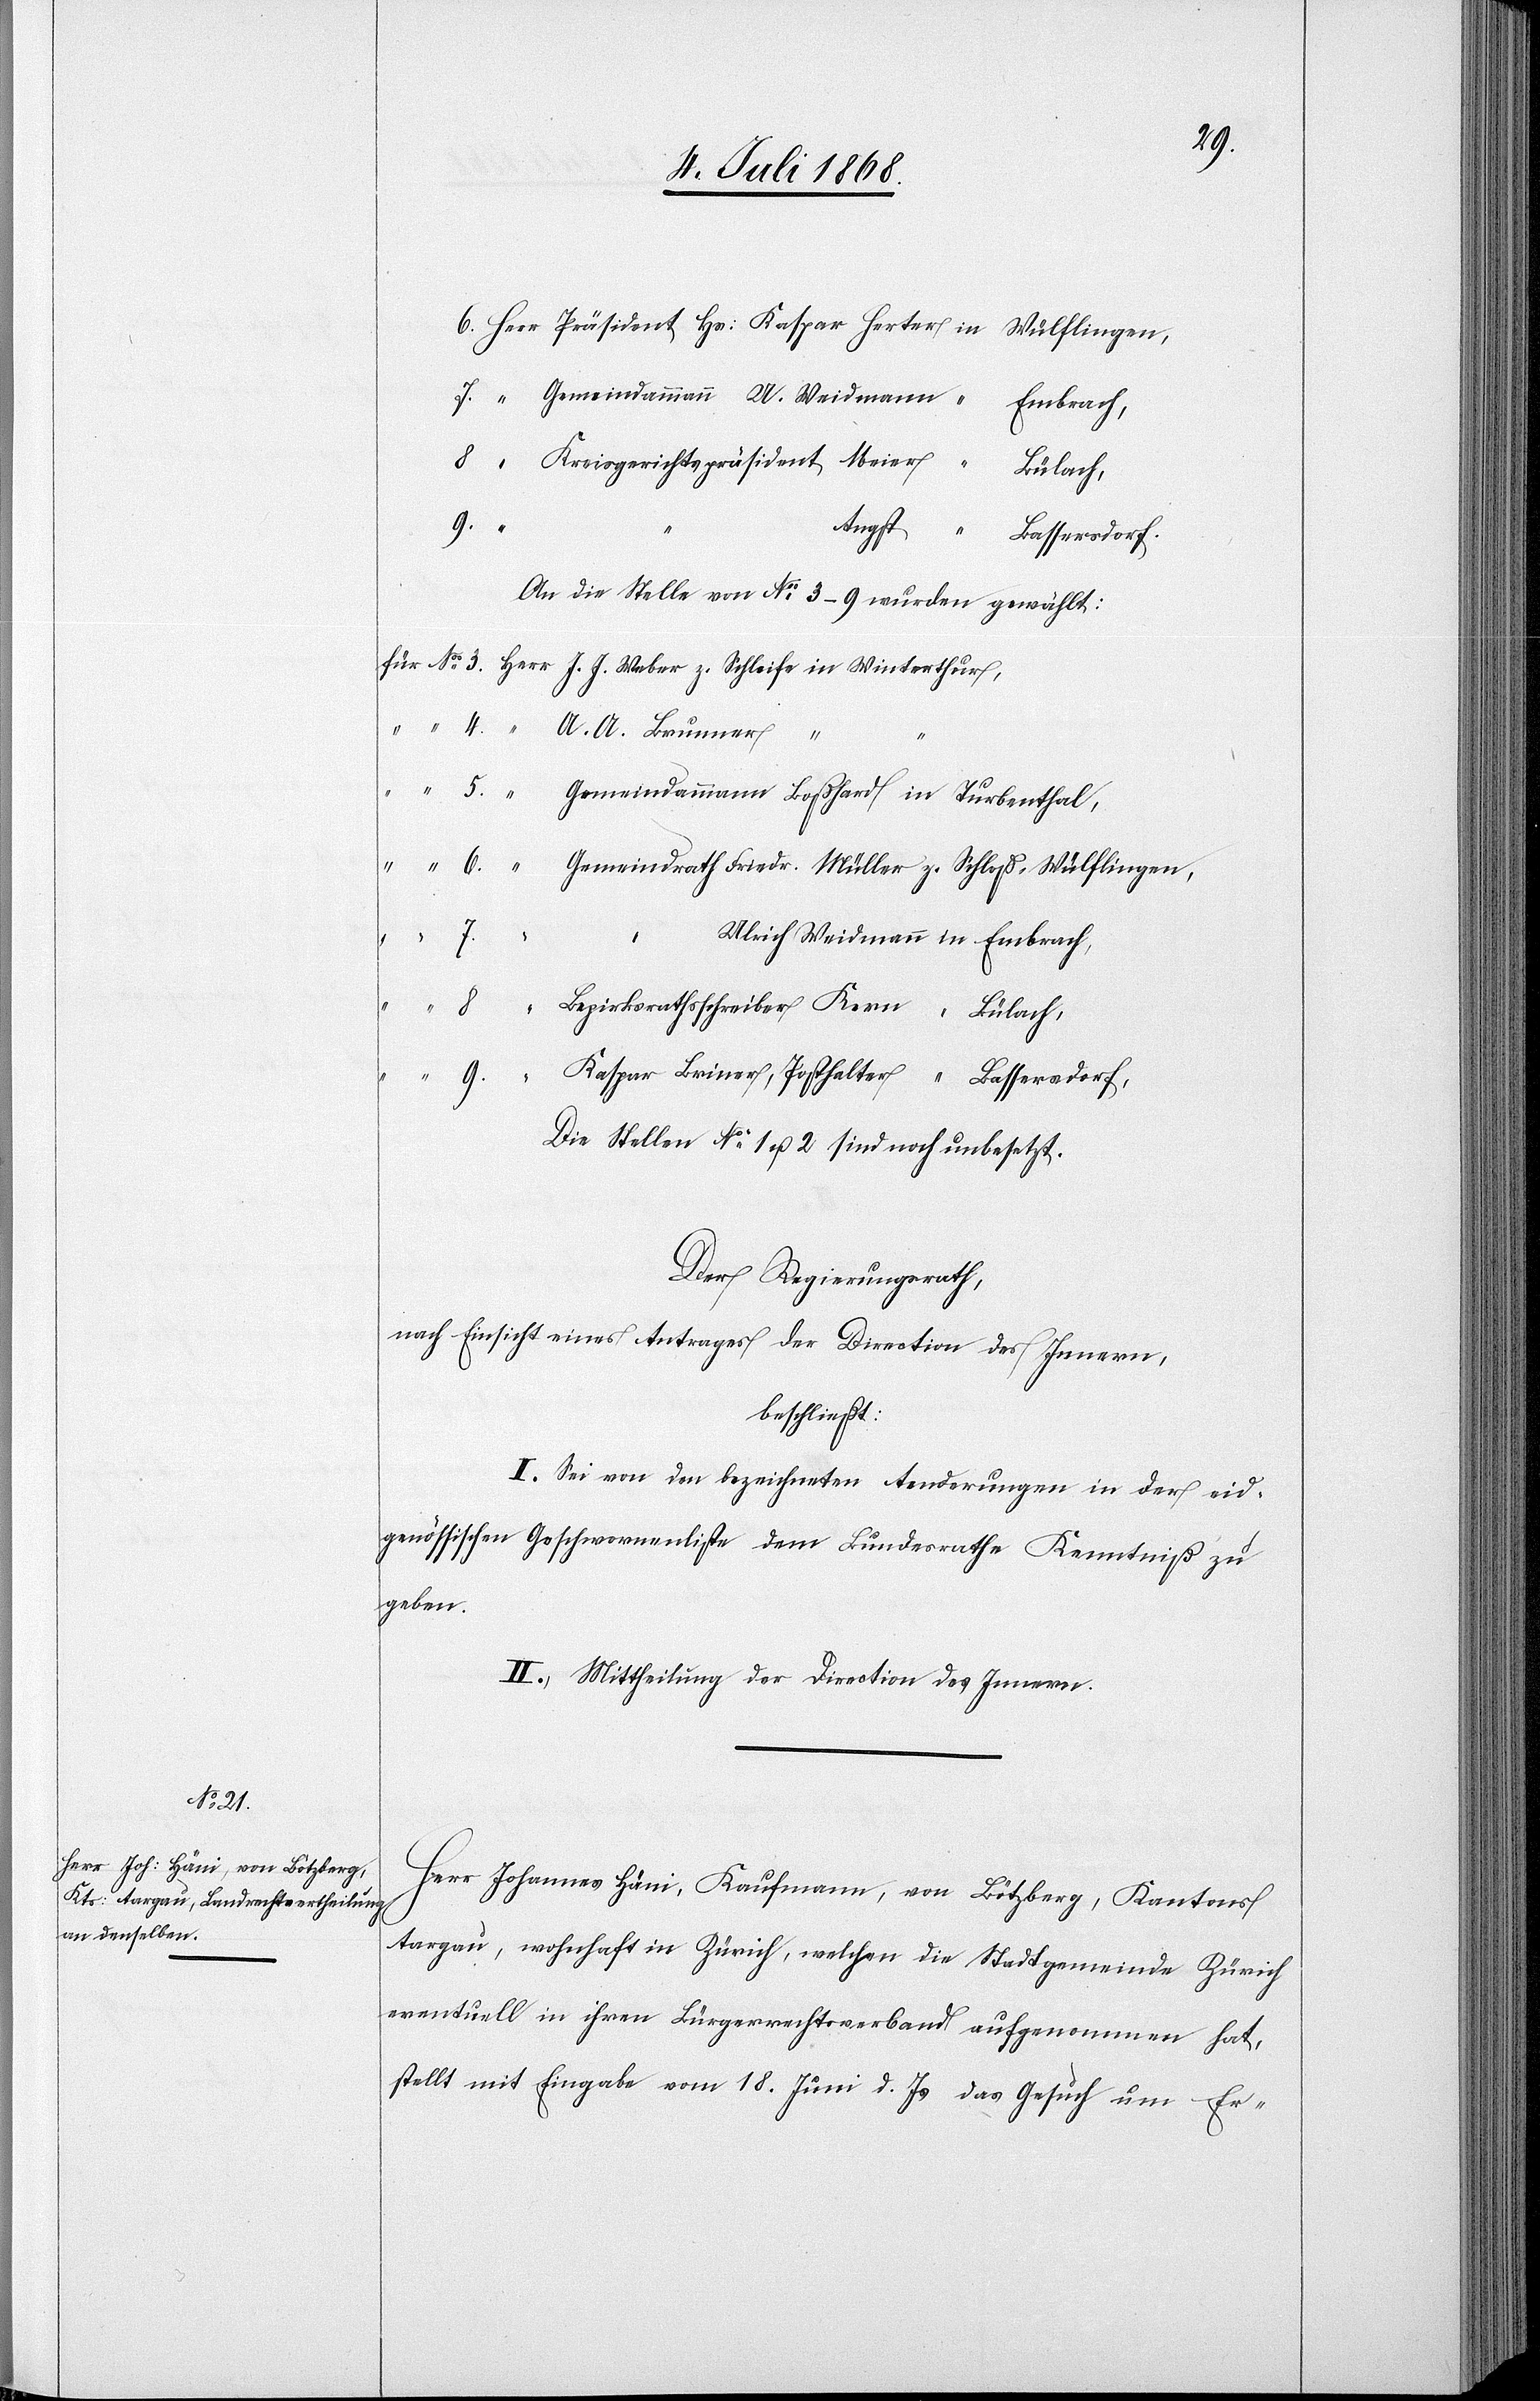
Gemeindammann U. Weidmann
Embrach,
Kreisgerichtspräsident Meier
Bülach,
9.)
Angst
Bassersdorf.
An die Stelle von No 3–9 wurden gewählt:
für No 3. Herr J. J. Weber z. Schleife in Winterthur,
“ “ 4. “ A. A. Brunner “
“ 5. “ Gemeindammann Boßhard in Turbenthal,
“ “ 6. “ Gemeindrath Friedr. Müller z. Schloß - Wülflingen,
“ “
8.)
Ulrich Weidmann in Embrach,
8.
Bezirksrathsschreiber Kern “ Bülach,
“ 9.
Kaspar Briner, Posthalter “ Bassersdorf,
7.
Die Stellen No 1 u. 2 sind noch unbesetzt.
Der Regierungsrath,
nach Einsicht eines Antrages der Direction des Innern,
beschließt:
I.) Sei von den bezeichneten Aenderungen in der eid¬
genössischen Geschwornenliste dem Bundesrathe Kenntniß zu
geben.
II.) Mittheilung der Direction des Innern.
Herr Johannes Häni, Kaufmann, von Bötzberg, Kantons
Aargau, wohnhaft in Zürich, welchen die Stadtgemeinde Zürich
eventuell in ihren Bürgerrechtsverband aufgenommen hat,
stellt mit Eingabe vom 18. Juni d. Js das Gesuch um Er-